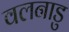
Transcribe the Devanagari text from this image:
वलनाडु